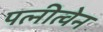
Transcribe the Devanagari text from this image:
पत्नीत्वेन